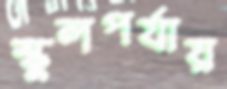
স্কুলপর্যায়